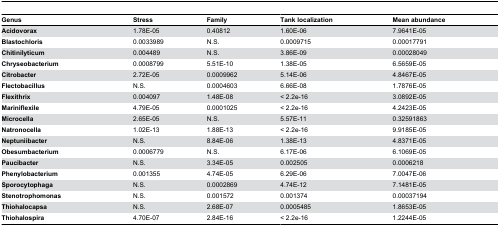
| Genus | Stress | Family | Tank localization | Mean abundance |
 | --- | --- | --- | --- | --- |
 | Acidovorax | 1.78E-05 | 0.40812 | 1.60E-06 | 7.9641E-05 |
 | Blastochloris | 0.0033989 | N.S. | 0.0009715 | 0.00017791 |
 | Chitinilyticum | 0.004489 | N.S. | 3.86E-09 | 0.00028049 |
 | Chryseobacterium | 0.0008799 | 5.51E-10 | 1.38E-05 | 6.5659E-05 |
 | Citrobacter | 2.72E-05 | 0.0009962 | 5.14E-06 | 4.8467E-05 |
 | Flectobacillus | N.S. | 0.0004603 | 6.66E-08 | 1.7876E-05 |
 | Flexithrix | 0.004097 | 1.48E-08 | < 2.2e-16 | 3.0892E-05 |
 | Mariniflexile | 4.79E-05 | 0.0001025 | < 2.2e-16 | 4.2423E-05 |
 | Microcella | 2.65E-05 | N.S. | 5.57E-11 | 0.32591863 |
 | Natronocella | 1.02E-13 | 1.88E-13 | < 2.2e-16 | 9.9185E-05 |
 | Neptuniibacter | N.S. | 8.84E-06 | 1.38E-13 | 4.8371E-05 |
 | Obesumbacterium | 0.0006779 | N.S. | 6.17E-06 | 6.1069E-05 |
 | Paucibacter | N.S. | 3.34E-05 | 0.002505 | 0.0006218 |
 | Phenylobacterium | 0.001355 | 4.74E-05 | 6.29E-06 | 7.0047E-06 |
 | Sporocytophaga | N.S. | 0.0002869 | 4.74E-12 | 7.1481E-05 |
 | Stenotrophomonas | N.S. | 0.001572 | 0.001374 | 0.00037194 |
 | Thiohalocapsa | N.S. | 2.68E-07 | 0.0005485 | 1.8653E-05 |
 | Thiohalospira | 4.70E-07 | 2.84E-16 | < 2.2e-16 | 1.2244E-05 |